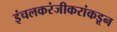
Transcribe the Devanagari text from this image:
इंचलकरंजीकरांकडून